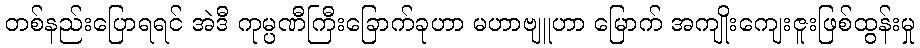
တစ်နည်းပြောရရင် အဲဒီ ကုမ္ပဏီကြီးခြောက်ခုဟာ မဟာဗျူဟာ မြောက် အကျိုးကျေးဇူးဖြစ်ထွန်းမှု